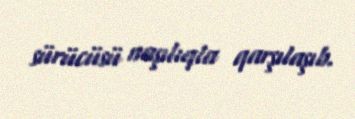
sürücüsü naşılıqla qarşılaşıb.